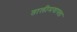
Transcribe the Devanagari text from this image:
तालीमयाफ्ता